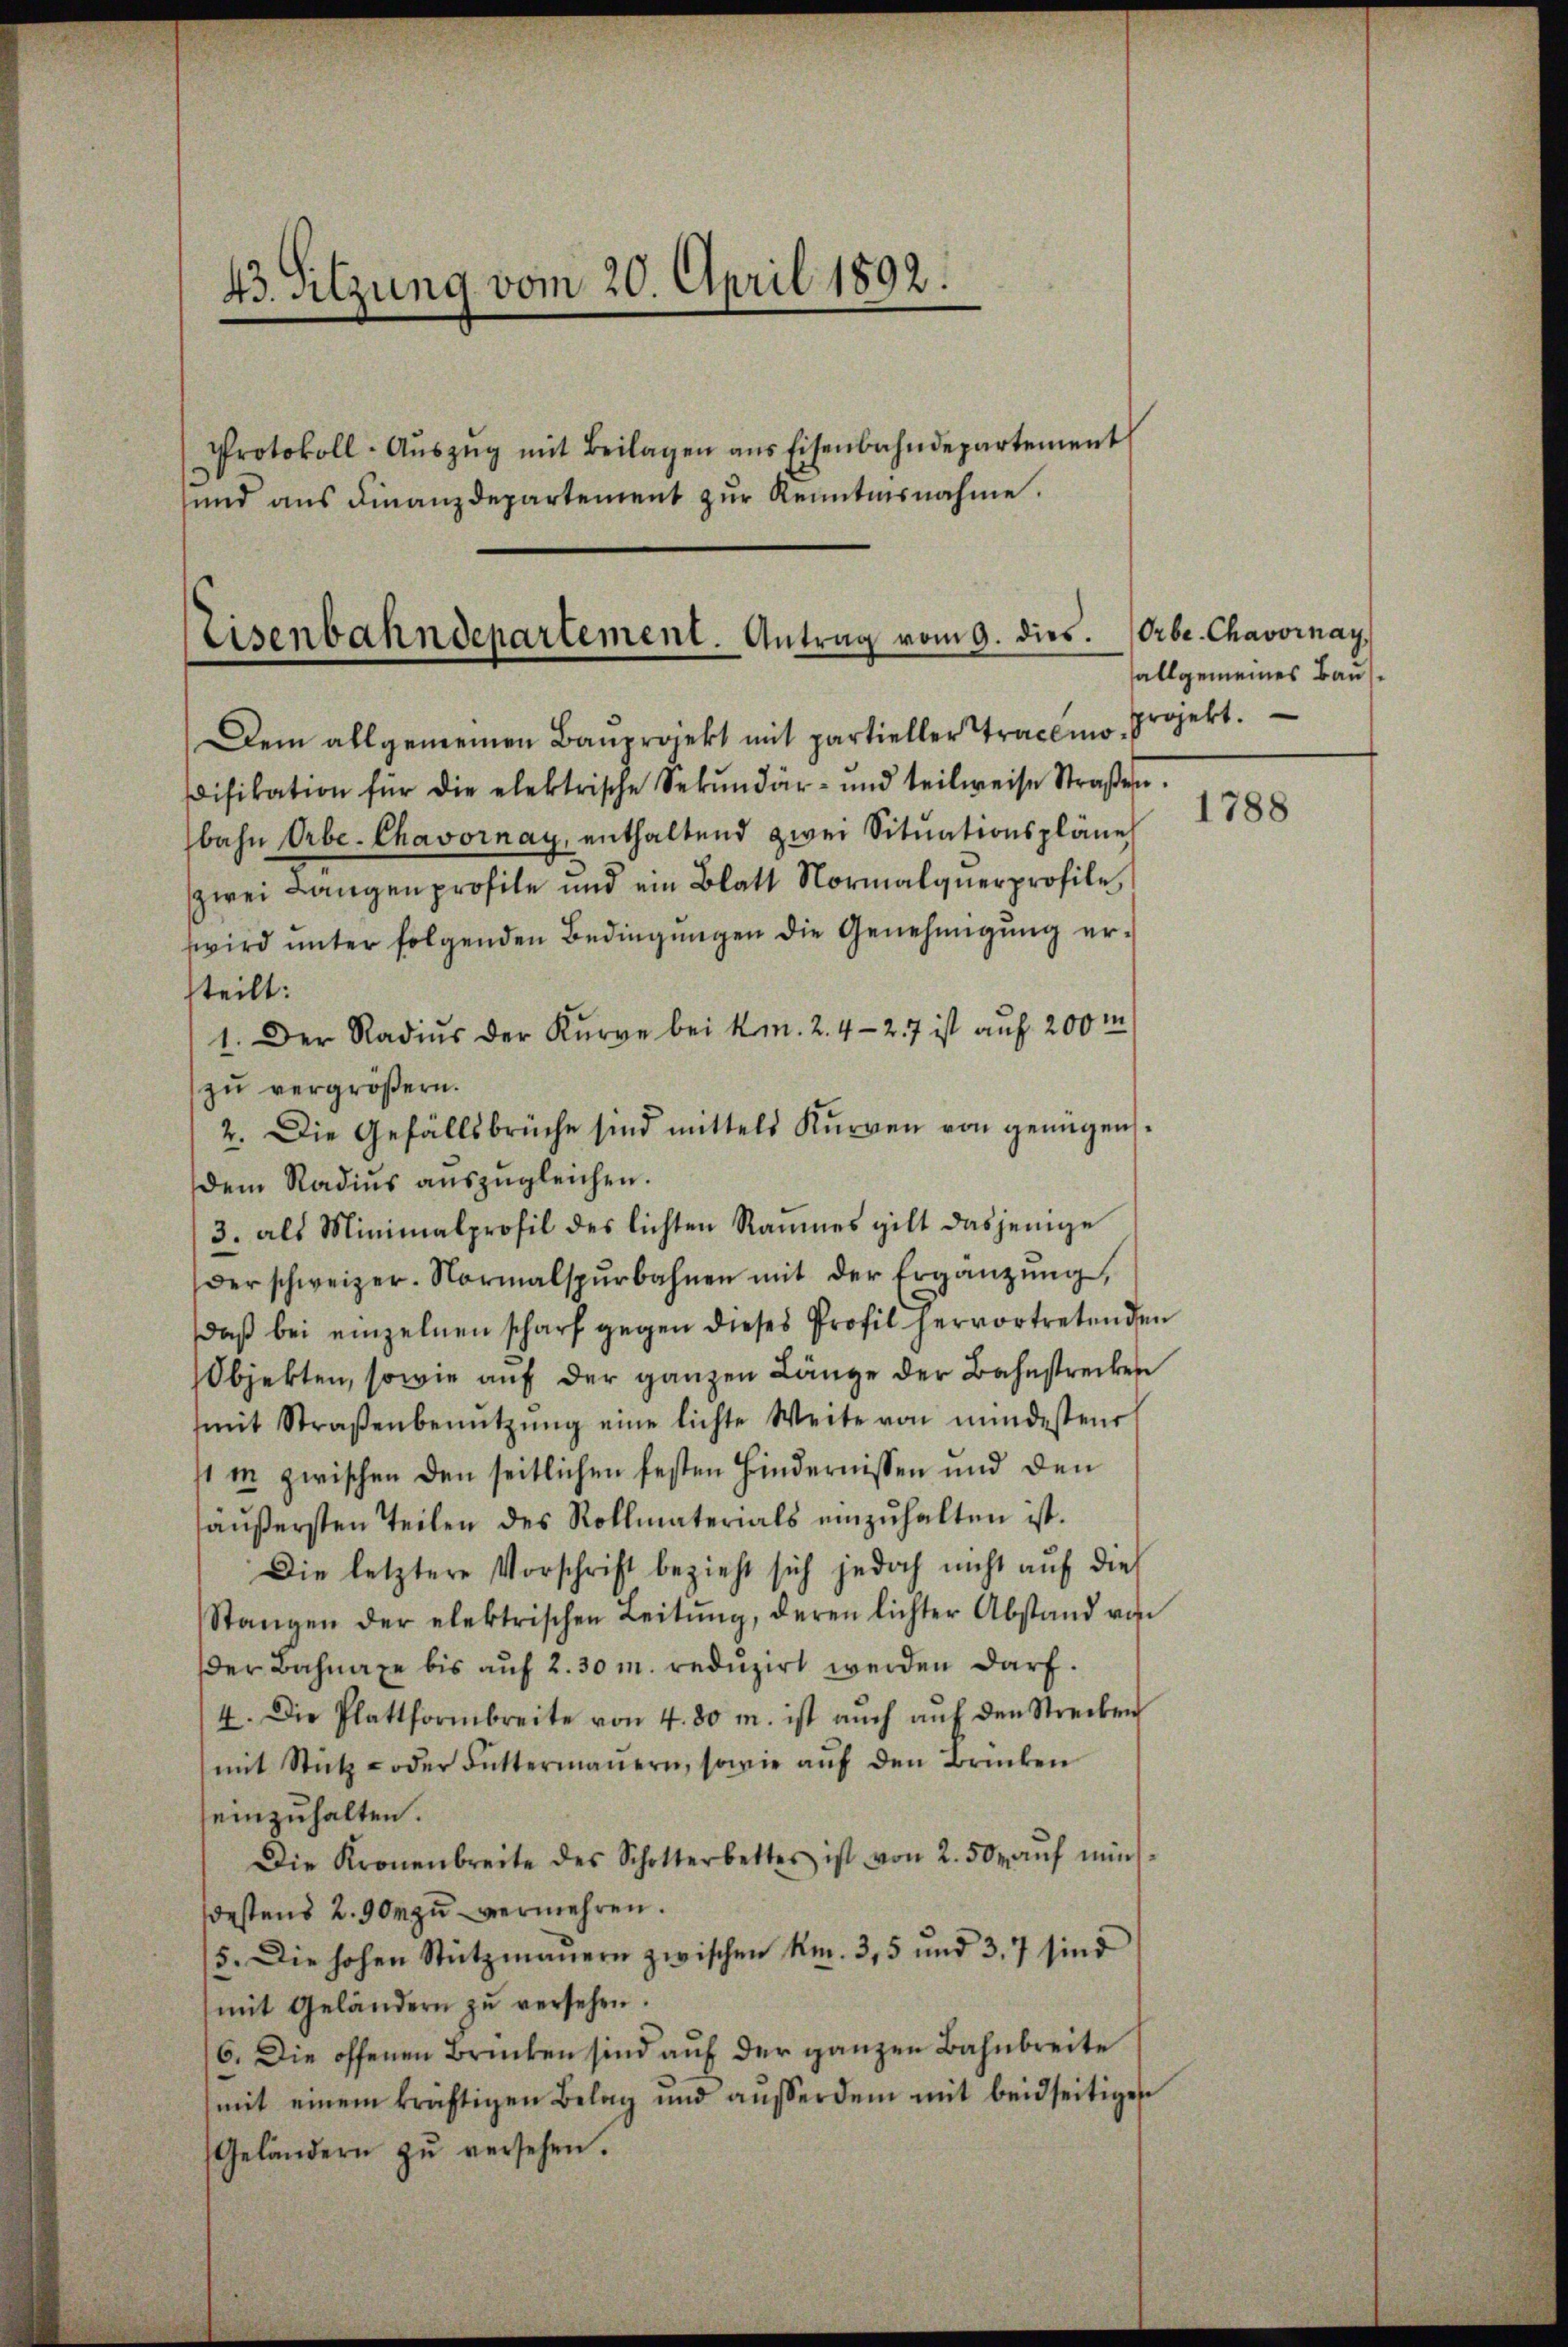
43. Sitzung vom 20. April 1892.

und aus Finanzdepartement zŭr Kenntnisnahme.

Protokoll-Aŭszŭg mit Beilagen ans Eisenbahndepartement

Eisenbahndepartement. Antrag vom 9. dies.

Dem allgemeinen Baŭprojekt mit partieller Tractio Projekt.
Difikation für die elektrische Sekŭndär- und teilweise Straßen.
bahn Orbe-Chavornay, enthaltend zwei Situationspläne
zwei Langen profile und ein Blatt Normalquerprofile
wird unter folgenden Bedingungen die Genehmigung ersteilt:
1. Der Radius der Kurve bei Km. 2. 4-27 ist auf 200 m
zŭ vergrößern.
2. Die Gefällsbrüche sind mittels Kurven von genügen.
dem Radius aŭszŭgleichen.
3. als Minimalprofil des lichten Raumes gilt dasjenige
der schweizer. Normalspŭrbahnen mit der Ergänzŭng,
Daß bei einzelnen scharf gegen dieses Profil hervortretenden
Objekten, sowie auf der ganzen Länge der Bahnstrecken
mit Straβenbenŭtzŭng eine lichte Weite von mindesten
st in zwischen den seitlichen festen Hindernissen und den
äußersten Teilen des Rollmaterials einzuhalten ist.
Die letztere Vorschrift bezieht sich jedoch nicht auf dies
Stangen der elektrischen Leitŭng, deren lichter Abstand von
der Bahnaxe bis aŭf 2. 30 m. redŭzirt werden darf.
4. Die Plattformbreite von 4. 80 m. ist aŭch aŭf den Strecken
mit Stütz- oder Futtermaŭern, sowie aŭf den Brücken
einzuhalten.
Die Kronenbreite des Schotterbettes ist von 2. 50. aŭf min
destens 2. 90 zu vermehren.
5. Die hohen Stützmauern zwischen kn. 3, 5 und 37 sind
mit Geländern zŭ versehen.
6. Die offenen Brücken sind auf der ganzen Bahnbreite
mit einem kräftigen Belag und aŭsserdem mit beidseitigen
Geländern zŭ versehen.

Orbe Chavornay
allgemeines Baus

1788